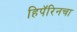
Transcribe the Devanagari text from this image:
हिपॅरिनचा